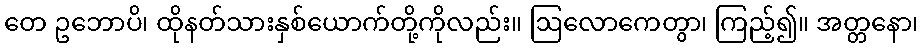
တေ ဥဘောပိ၊ ထိုနတ်သားနှစ်ယောက်တို့ကိုလည်း။ ဩလောကေတွာ၊ ကြည့်၍။ အတ္တနော၊